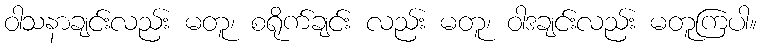
ဝါသနာချင်းလည်း မတူ၊ စရိုက်ချင်း လည်း မတူ၊ ဝါဒချင်းလည်း မတူကြပါ။